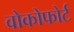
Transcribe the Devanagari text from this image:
वोकोफोर्ट